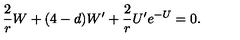
\frac { 2 } { r } W + ( 4 - d ) W ^ { \prime } + \frac { 2 } { r } U ^ { \prime } e ^ { - U } = 0 .